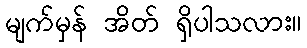
မျက်မှန် အိတ် ရှိပါသလား။